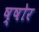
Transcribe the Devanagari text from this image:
ष्षोर